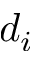
d _ { i }